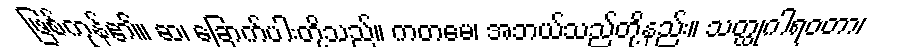
ဖြစ်ကုန်၏။ ဆ၊ ခြောက်ပါးတို့သည်။ ကတမေ၊ အဘယ်သည်တို့နည်း။ သတ္ထုဂါရဝတာ၊